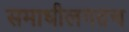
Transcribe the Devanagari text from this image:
समाधीलगतच